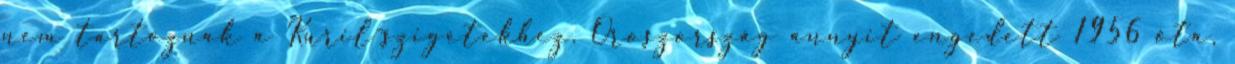
nem tartoznak a Kuril-szigetekhez. Oroszország annyit engedett 1956 óta,